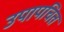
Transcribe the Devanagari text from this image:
उपापचित